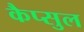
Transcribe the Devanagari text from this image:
कैप्सुल